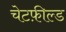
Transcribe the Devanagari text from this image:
चेटफ़ील्ड